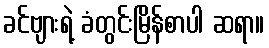
ခင်ဗျားရဲ့ ခံတွင်းမြိန်စာပါ ဆရာ။